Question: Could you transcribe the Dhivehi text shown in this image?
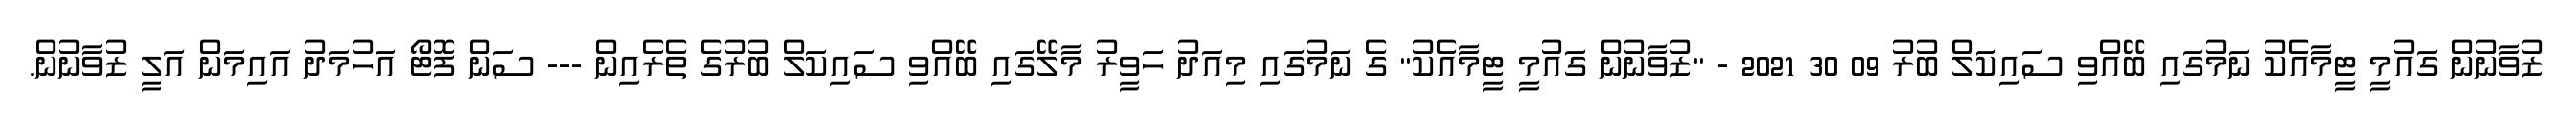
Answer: ޒުވާނުން ގައުމީ ޓީމާއެކު ނަމުގައި ބޭއްވި ސައިކަލް ބުރު 09 30 2021 - "ޒުވާނުން ގައުމީ ޓީމާއެކު" ގެ ނަމުގައި މިއަދު ހަވީރު މާލޭގައި ބޭއްވި ސައިކަލް ބުރުގެ ތެރެއިން --- ސަން ފޮޓޯ އަހުމަދު އައިމަން އަލީ ޒުވާނުން.